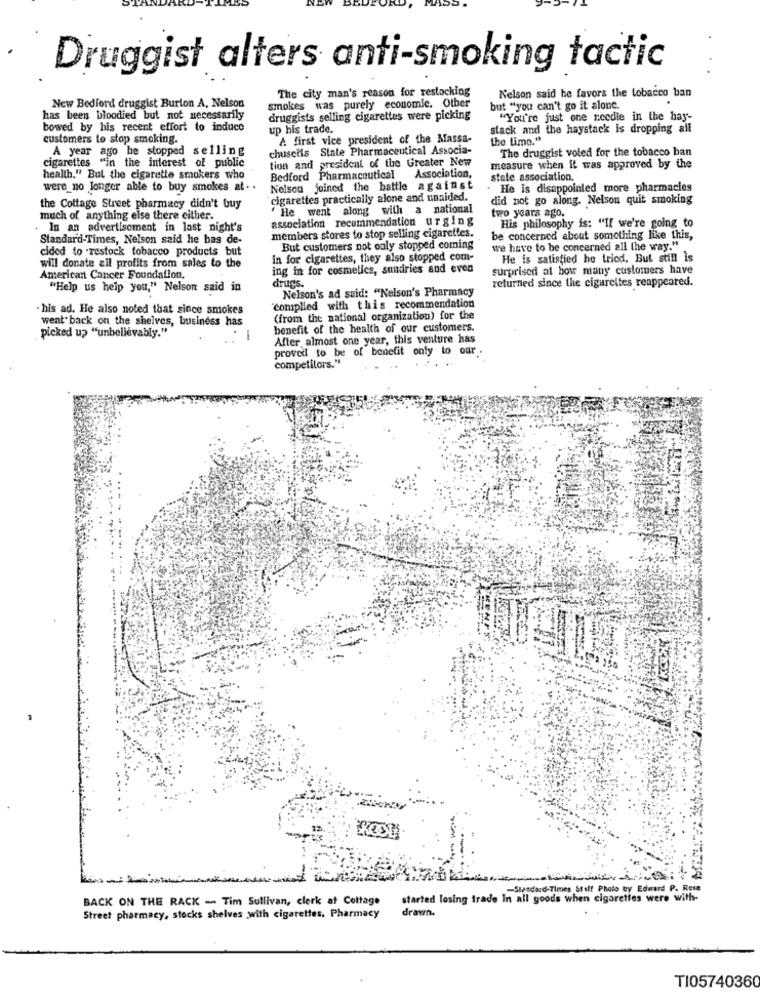
Druggist alters anti-smoking tactic
The city man's reason for restocking
Nelson said he favors the tobacco ban
New Bedford druggist Burion A, Nelson
smokes was purely economic. Other
but "you can't go it alone.
has been bloodied but not necessarily
druggists selling cigarettes were picking
"You're just one needle in the hay-
bowed by his recent effort to induce
up his trade.
stack and the haystack is dropping all
customers to stop smoking.
A first vice president of the Massa-
the time."
A year ago he stopped selling
chusetts State Pharmaceutical Associa-
The druggist voted for the tobacco ban
tion and president of the Greater New
cigarettes "in the interest of public
measure when it was approved by the
health." But the cigarette smokers who
Bedford Pharmaceutical
Association,
state association.
were_no longer able to buy smokes at ..
Nelson joined the battle against
. He is disappointed more pharmacies
cigarettes practically alone and unaided.
did not go along. Nelson quit smoking
the Cottage Street pharmacy didn't buy
" He went along with a national
two years ago.
much of anything else there either.
association recommendation urging
In an advertisement in last night's
His philosophy is: "If we're going to
Standard-Times, Nelson said he bas de-
members stores to stop selling cigarettes.
be concerned about something like this,
cided to restock tobacco products but
But customers not only stopped coming
we have to be concerned all the way."
in for cigarettes, they also stopped com-
He is satisfied he tried. But still is
will donate all profits from sales to the
ing in for cosmetics, sundries and even
surprised at how many customers have
American Cancer Foundation,
drugs.
returned since the cigarettes reappeared.
"Help us help you," Nelson said in
Nelson's ad suid: "Nelson's Pharmacy
. his ad. He also noted that since smokes
"complied with this recommendation
went back on the shelves, business has
(from the national organization) for the
picked up "unbelievably.""
benefit of the health of our customers.
1
After almost one year, this venture has
proved to be of benefit only to our.
competitors."
-Standard-Times Stuff Photo by Edward P. Resa
BACK ON THE RACK - Tim Sullivan, clerk at Cottage
started losing trade In all goods when cigarettes were with-
drawn.
Street pharmacy, stocks shelves with cigarettes, Pharmacy
TI05740360